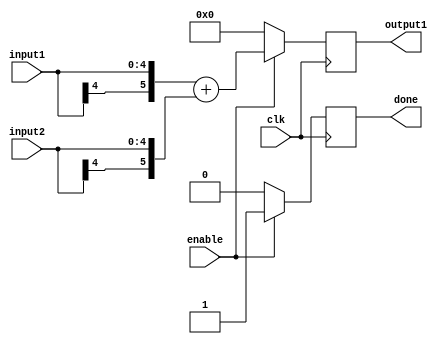
/*
	Author: Aniket Badhan
	Description: Addition stage 3 of Convolution with Laplacian filter
*/

`timescale 1ns / 1ps

module adderStage3(
    	input [4:0] input1,
    	input [4:0] input2,
    	output reg [5:0] output1,
    	input clk,
    	input enable,
	output reg done
    );

	always @ (posedge clk) begin
		if(enable) begin
			output1 <= {input1[4], input1} + {input2[4], input2};	
			done <= 1'b1;
		end
		else begin
			output1 <= 0;
			done <= 1'b0;
		end
	end
	
endmodule